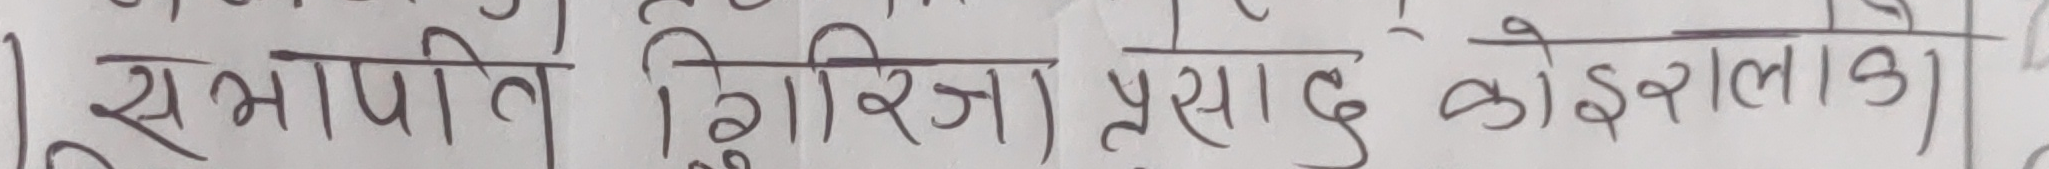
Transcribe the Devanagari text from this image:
सभापति गिरिजा प्रसाद कोइराला